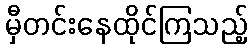
မှီတင်းနေထိုင်ကြသည့်